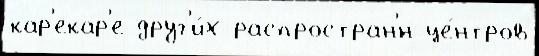
кар'екар'е друг'и́х распростран'́н це́нтров